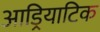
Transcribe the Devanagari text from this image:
आड्रियाटिक